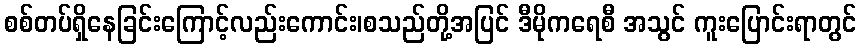
စစ်တပ်ရှိနေခြင်းကြောင့်လည်းကောင်း၊စသည်တို့အပြင် ဒီမိုကရေစီ အသွင် ကူးပြောင်းရာတွင်